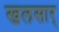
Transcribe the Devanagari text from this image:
खलसार्